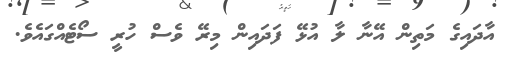
އާދައިގެ މަތިން އޭނާ ލާ އުޅޭ ފަދައިން މިރޭ ވެސް ހުރީ ސޯޓެއްގައެވެ.